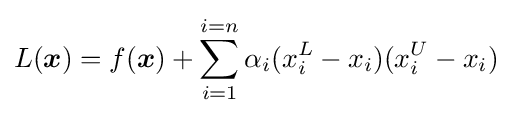
L({\boldsymbol {x}})=f({\boldsymbol {x}})+\sum _{i=1}^{i=n}\alpha _{i}(x_{i}^{L}-x_{i})(x_{i}^{U}-x_{i})